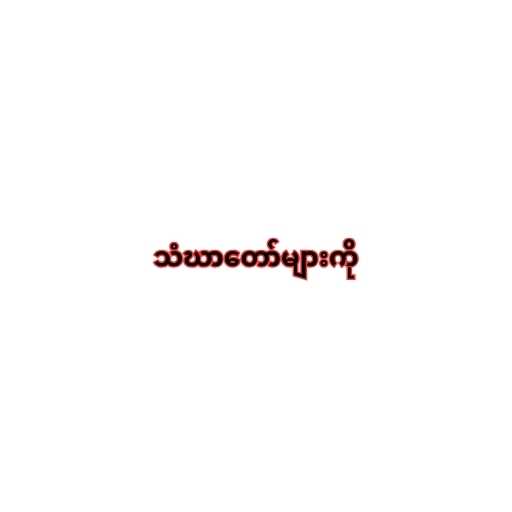
သံဃာတော်များကို